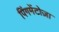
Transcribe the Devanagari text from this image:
पिंगमेंटोज़ा